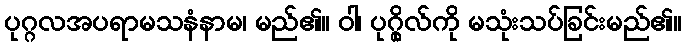
ပုဂ္ဂလအပရာမသနံနာမ၊ မည်၏။ ဝါ၊ ပုဂ္ဂိုလ်ကို မသုံးသပ်ခြင်းမည်၏။